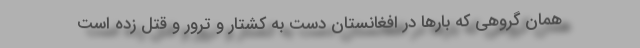
همان گروهی که بارها در افغانستان دست به کشتار و ترور و قتل زده است